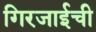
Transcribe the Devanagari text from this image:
गिरजाईची